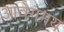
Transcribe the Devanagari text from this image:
आवेगमय